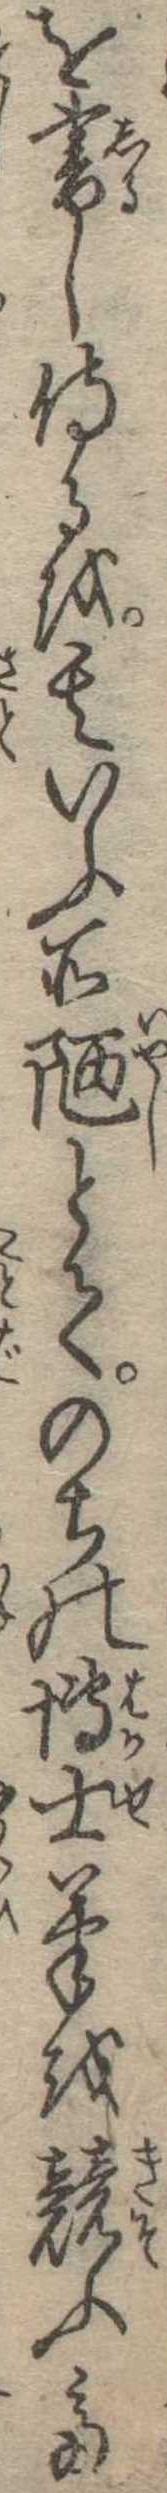
を書し侍るを其いふ所陋とてのちの博士筆を競ふて